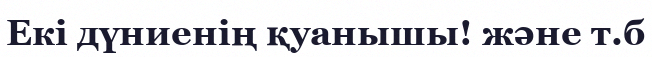
Екі дүниенің қуанышы! және т.б